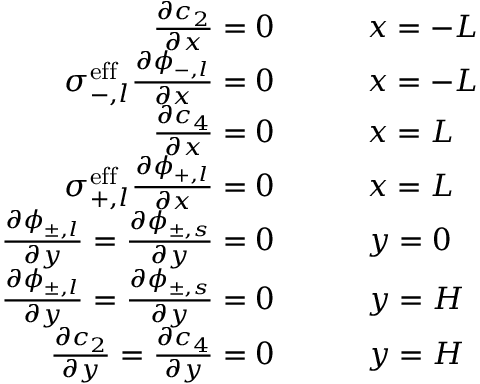
\begin{array} { r l } { \frac { \partial c _ { 2 } } { \partial x } = 0 \qquad } & { x = - L } \\ { \sigma _ { - , l } ^ { \mathrm { e f f } } \frac { \partial \phi _ { - , l } } { \partial x } = 0 \qquad } & { x = - L } \\ { \frac { \partial c _ { 4 } } { \partial x } = 0 \qquad } & { x = L } \\ { \sigma _ { + , l } ^ { \mathrm { e f f } } \frac { \partial \phi _ { + , l } } { \partial x } = 0 \qquad } & { x = L } \\ { \frac { \partial \phi _ { \pm , l } } { \partial y } = \frac { \partial \phi _ { \pm , s } } { \partial y } = 0 \qquad } & { y = 0 } \\ { \frac { \partial \phi _ { \pm , l } } { \partial y } = \frac { \partial \phi _ { \pm , s } } { \partial y } = 0 \qquad } & { y = H } \\ { \frac { \partial c _ { 2 } } { \partial y } = \frac { \partial c _ { 4 } } { \partial y } = 0 \qquad } & { y = H } \end{array}